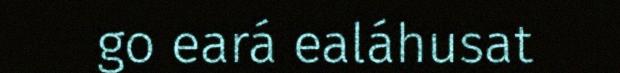
go eará ealáhusat